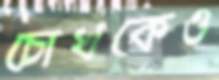
চোখকেও